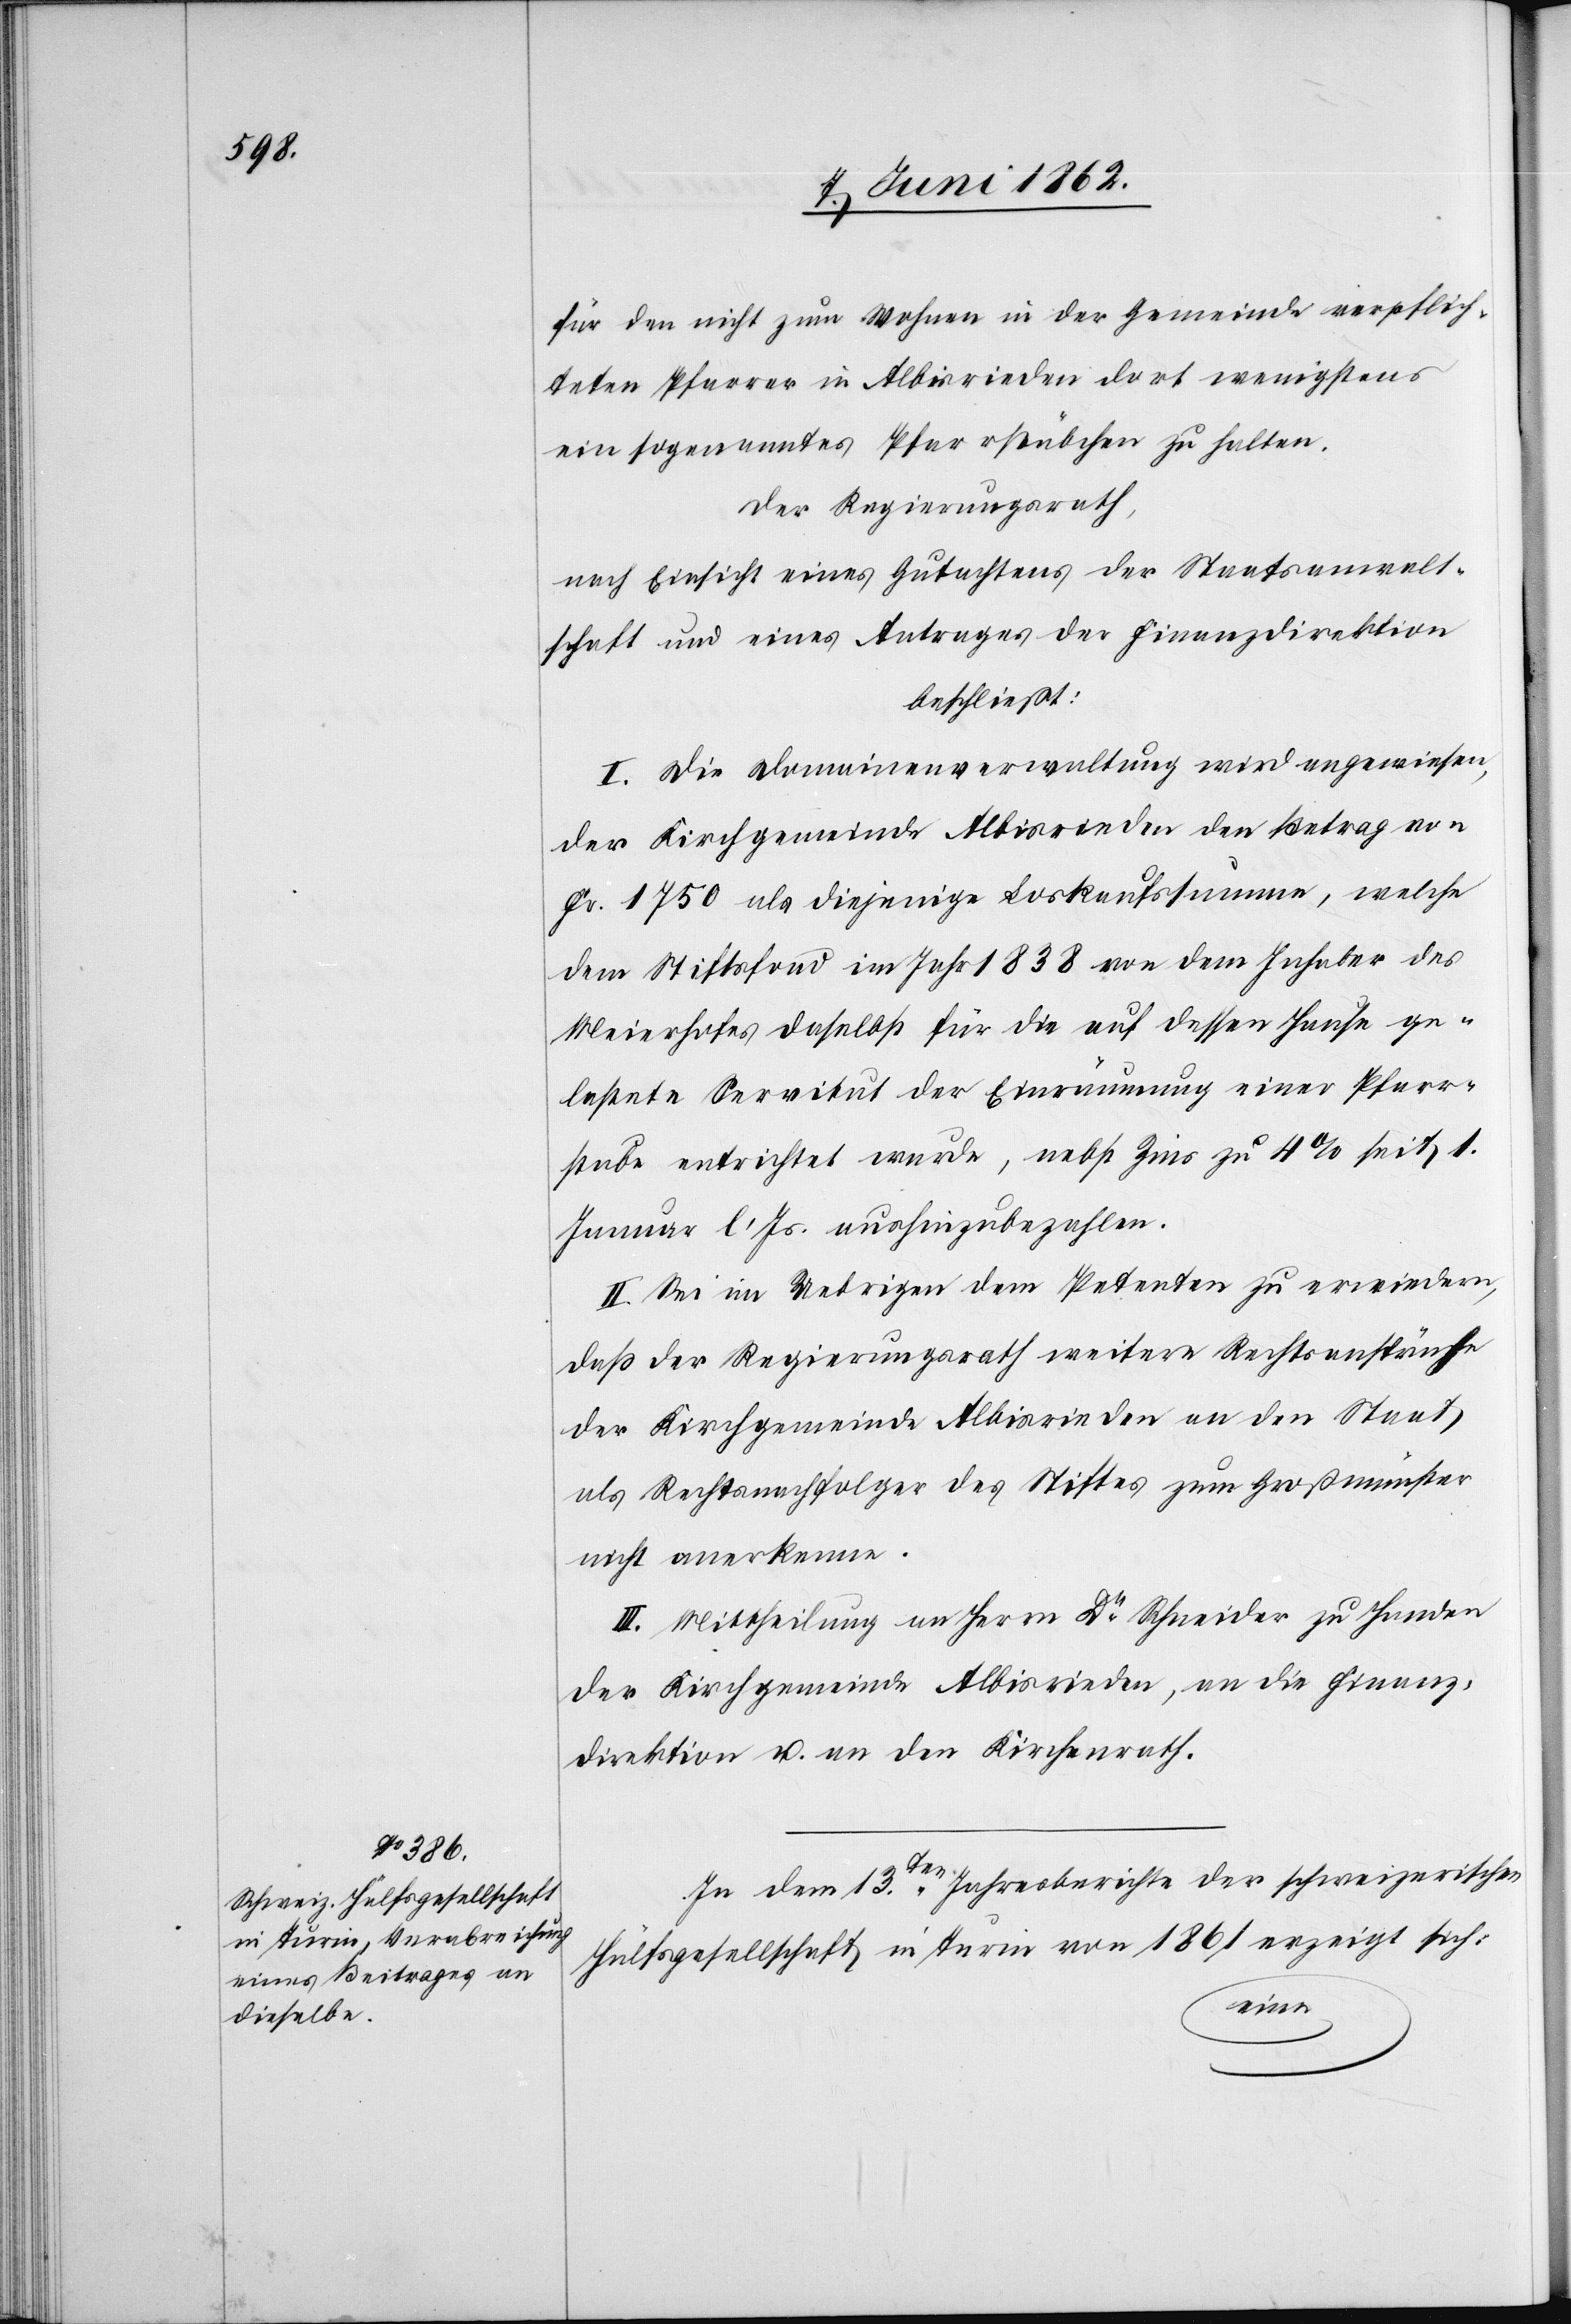
für den nicht zum Wohnen in der Gemeinde verpflich¬
teten Pfarrer in Albisrieden dort wenigstens
ein sogenanntes Pfarrstübchen zu halten.
Der Regierungsrath,
nach Einsicht eines Gutachtens der Staatsanwalt¬
schaft und eines Antrages der Finanzdirektion
beschließt:
I. Die Domainenverwaltung wird angewiesen,
der Kirchgemeinde Albisrieden den Betrag von
Fr. 1750 als diejenige Loskaufssumme, welche
dem Stiftsfond im Jahr 1838 von dem Inhaber des
Meierhofes daselbst für die auf dessen Hause ge¬
lastete Servitut der Einräumung einer Pfarr¬
stube entrichtet wurde, nebst Zins zu 4% seit 1.
Januar l. Js. aushinzubezahlen.
II. Sei im Uebrigen dem Petenten zu erwiedern,
daß der Regierungsrath weitere Rechtsansprüche
der Kirchgemeinde Albisrieden an den Staat
als Rechtsnachfolger des Stiftes zum Großmünster
nicht anerkenne.
III. Mittheilung an Herrn Dr. Schneider zu Handen
der Kirchgemeinde Albisrieden, an die Finanz¬
direktion u. an den Kirchenrath.
In dem 13ten Jahresberichte der schweizerischen
Hülfsgesellschaft in Turin von 1861 erzeigt sich: